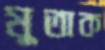
মুতাক